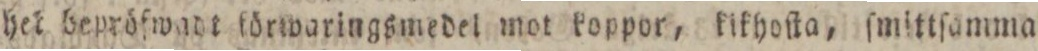
het benröfwade förwaringsmedel mot koppor, kikhoſta, ſmittſämma